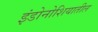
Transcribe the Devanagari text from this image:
इंडोनोशियातील